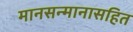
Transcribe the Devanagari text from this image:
मानसन्मानासहित